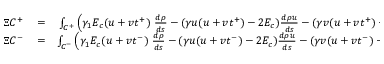
\begin{array} { r l r } { \Xi C ^ { + } } & { { } = } & { \int _ { { \cal C } ^ { + } } \left( \gamma _ { 1 } E _ { c } ( u + v t ^ { + } ) ~ \frac { d \rho } { d s } - ( \gamma u ( u + v t ^ { + } ) - 2 E _ { c } ) \frac { d \rho u } { d s } - ( \gamma v ( u + v t ^ { + } ) - 2 E _ { c } t ^ { + } ) \frac { d \rho v } { d s } + \gamma _ { 1 } ( u + v t ^ { + } ) \frac { d \rho E } { d s } \right) d s } \\ { \Xi C ^ { - } } & { { } = } & { \int _ { { \cal C } ^ { - } } \left( \gamma _ { 1 } E _ { c } ( u + v t ^ { - } ) ~ \frac { d \rho } { d s } - ( \gamma u ( u + v t ^ { - } ) - 2 E _ { c } ) \frac { d \rho u } { d s } - ( \gamma v ( u + v t ^ { - } ) - 2 E _ { c } t ^ { - } ) \frac { d \rho v } { d s } + \gamma _ { 1 } ( u + v t ^ { - } ) \frac { d \rho E } { d s } \right) d s , } \end{array}